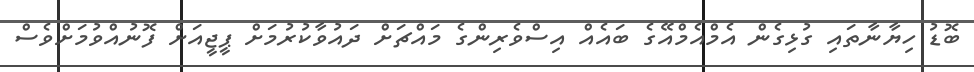
ބޮޑު ހިޔާނާތައި ގުޅިގެން އެމްއެމްއޭގެ ބައެއް އިސްވެރިންގެ މައްޗަށް ދައުވާކުރުމަށް ޕީޖީއަށް ފޮނުއްވުމަށްވެސް